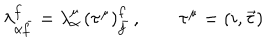
LaTeX: \lambda _ { \alpha \bar { f } } ^ { f } = \lambda _ { \alpha } ^ { \mu } \, ( \tau ^ { \mu } ) _ { \bar { f } } ^ { f } \, , \qquad \tau ^ { \mu } = ( i , \vec { \tau } )